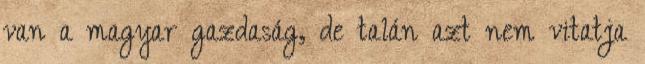
van a magyar gazdaság, de talán azt nem vitatja